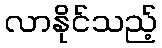
လာနိုင်သည့်